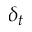
\delta _ { t }